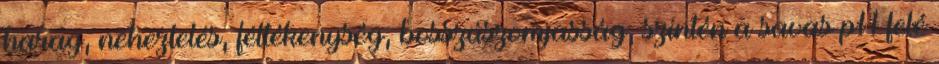
harag, neheztelés, féltékenység, bosszúszomjasság, szintén a savas pH felé